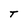
Character: t